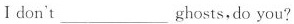
I don't ___ ghosts, do you?